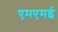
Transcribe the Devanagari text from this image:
एमएमई